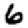
Digit: 6